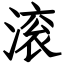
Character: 滚